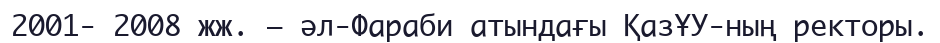
2001- 2008 жж. – әл-Фараби атындағы ҚазҰУ-ның ректоры.